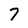
Character: 7